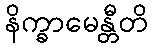
နိက္ခာမေန္တီတိ